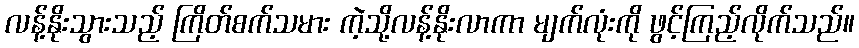
လန့်နိုးသွားသည့် ကြိတ်စက်သမား ကဲ့သို့လန့်နိုးလာကာ မျက်လုံးကို ဖွင့်ကြည့်လိုက်သည်။